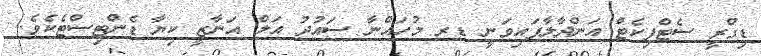
ޑިގްރީ ސެޓްފިކެޓް އަންދާލާފަައިވަނީ ޑރ މުހައްނާ ސައުދު އަލް އަނާޒީ ކިޔާ ޑެންޓިސްޓެކެވެ.